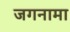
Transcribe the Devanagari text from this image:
जगनामा